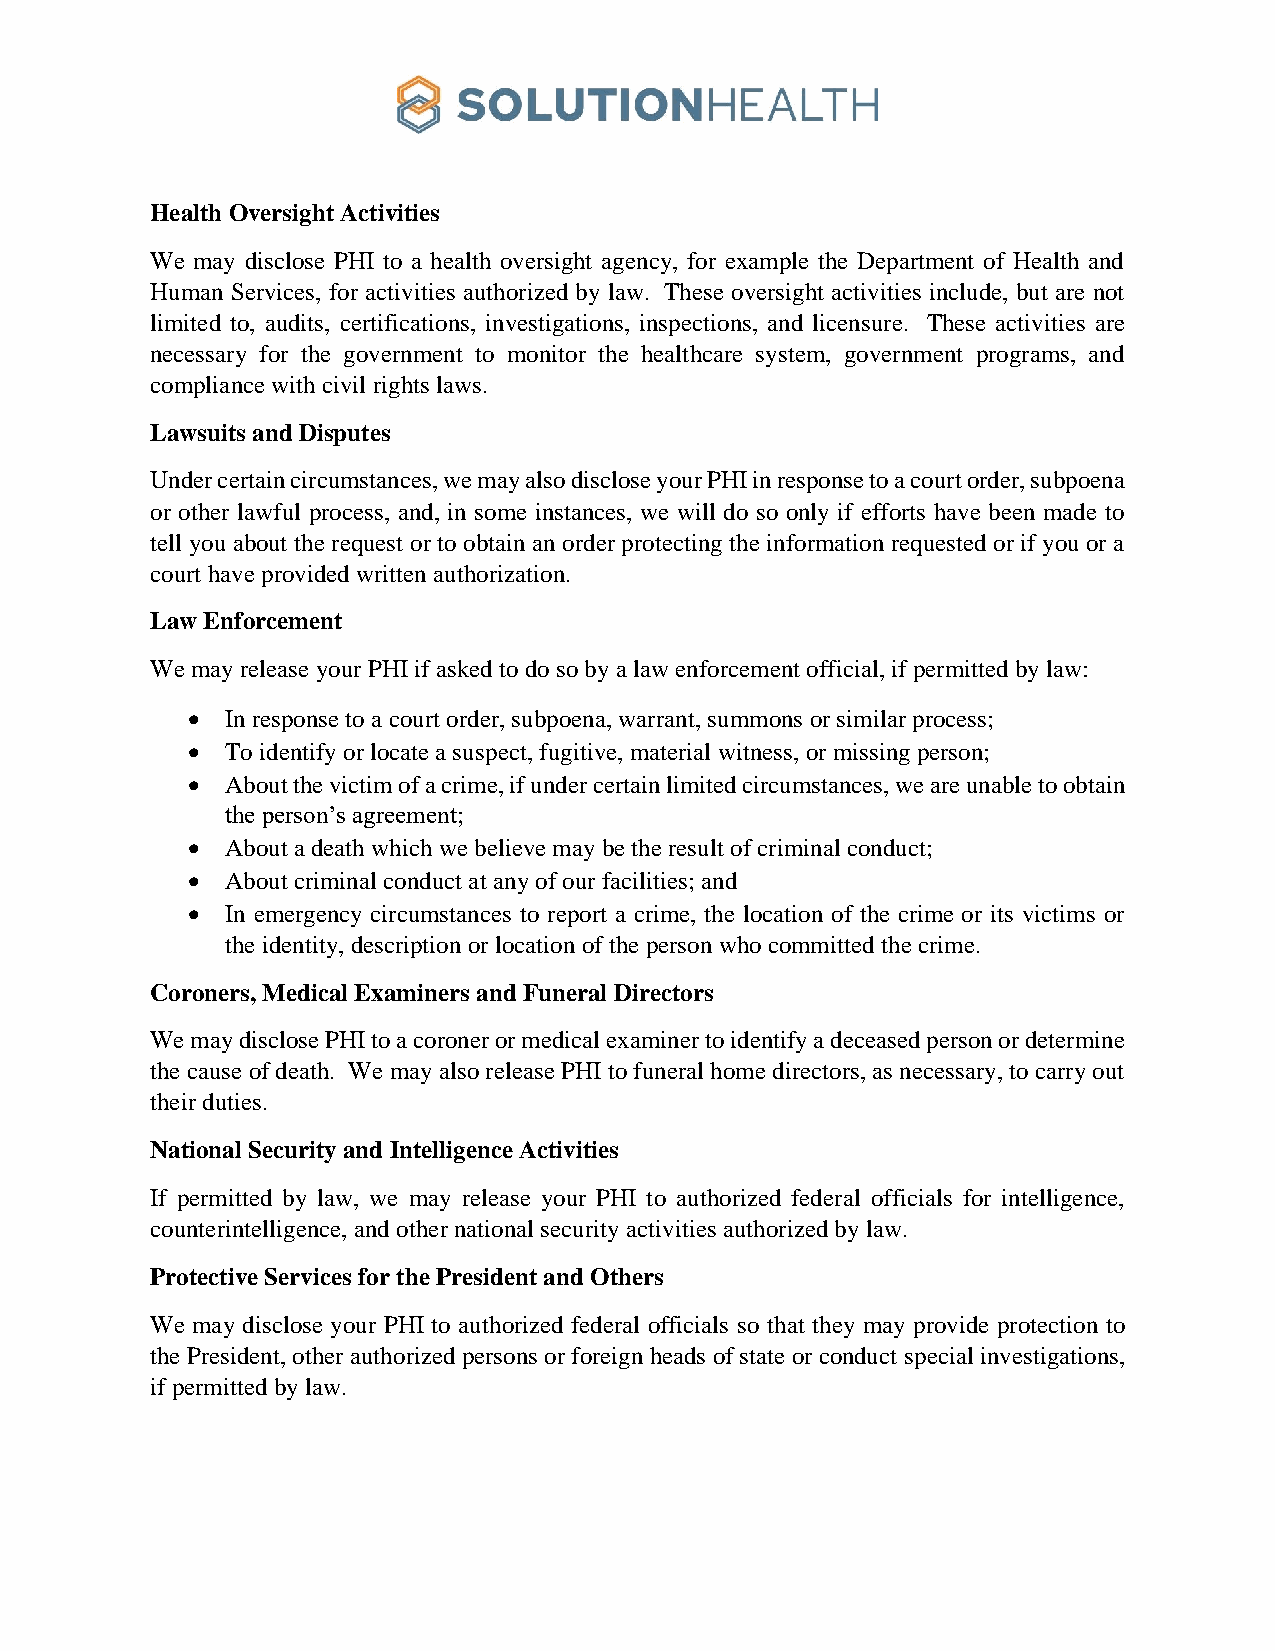
Health Oversight Activities
 We may disclose PHI to a health oversight agency, for example the Department of Health and
 Human Services, for activities authorized by law. These oversight activities include, but are not
 limited to, audits, certifications, investigations, inspections, and licensure. These activities are
 necessary for the government to monitor the healthcare system, government programs, and
 compliance with civil rights laws.
 Lawsuits and Disputes
 Under certain circumstances, we may also disclose your PHI in response to a court order, subpoena
 or other lawful process, and, in some instances, we will do so only if efforts have been made to
 tell you about the request or to obtain an order protecting the information requested or if you or a
 court have provided written authorization.
 Law Enforcement
 We may release your PHI if asked to do so by a law enforcement official, if permitted by law:
 •  In response to a court order, subpoena, warrant, summons or similar process;
 •  To identify or locate a suspect, fugitive, material witness, or missing person;
 •  About the victim of a crime, if under certain limited circumstances, we are unable to obtain
 the person’s agreement;
 •  About a death which we believe may be the result of criminal conduct;
 •  About criminal conduct at any of our facilities; and
 •  In emergency circumstances to report a crime, the location of the crime or its victims or
 the identity, description or location of the person who committed the crime.
 Coroners, Medical Examiners and Funeral Directors
 We may disclose PHI to a coroner or medical examiner to identify a deceased person or determine
 the cause of death. We may also release PHI to funeral home directors, as necessary, to carry out
 their duties.
 National Security and Intelligence Activities
 If permitted by law, we may release your PHI to authorized federal officials for intelligence,
 counterintelligence, and other national security activities authorized by law.
 Protective Services for the President and Others
 We may disclose your PHI to authorized federal officials so that they may provide protection to
 the President, other authorized persons or foreign heads of state or conduct special investigations,
 if permitted by law.